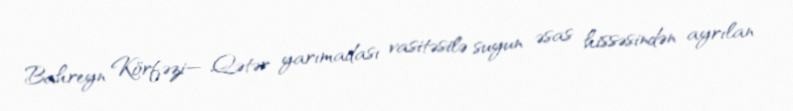
Bahreyn Körfəzi— Qətər yarımadası vasitəsilə suyun əsas hissəsindən ayrılan